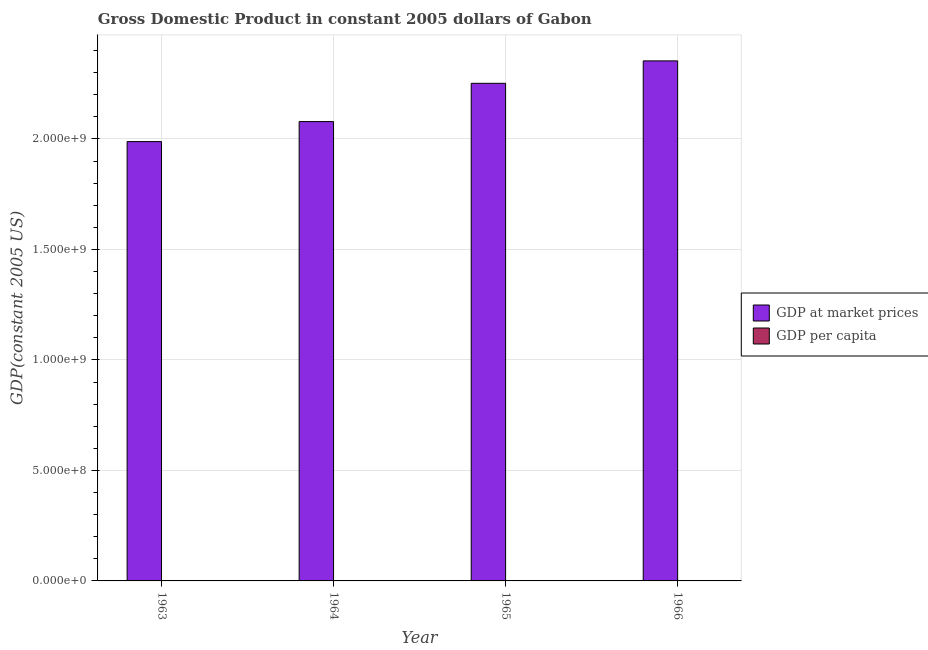
| Year | GDP at market prices | GDP per capita |
 | --- | --- | --- |
 | 1963 | 1.99e+09 | 3.85e+03 |
 | 1964 | 2.08e+09 | 3.97e+03 |
 | 1965 | 2.25e+09 | 4.23e+03 |
 | 1966 | 2.35e+09 | 4.34e+03 |